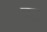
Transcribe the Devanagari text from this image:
बढ्